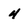
Character: 4